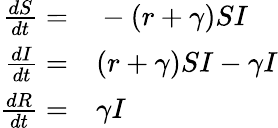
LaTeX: \begin{array}{rl}{\frac{dS}{dt}=}&{{}-(r+\gamma)SI}\\ {\frac{dI}{dt}=}&{{}(r+\gamma)SI-\gamma I}\\ {\frac{dR}{dt}=}&{{}\gamma I}\end{array}